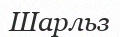
Шарльз